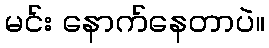
မင်း နောက်နေတာပဲ။